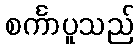
စင်္ကာပူသည်